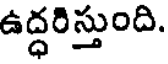
ఉద్ధరిస్తుంది.